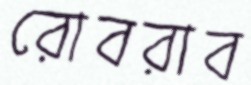
রোবরাব